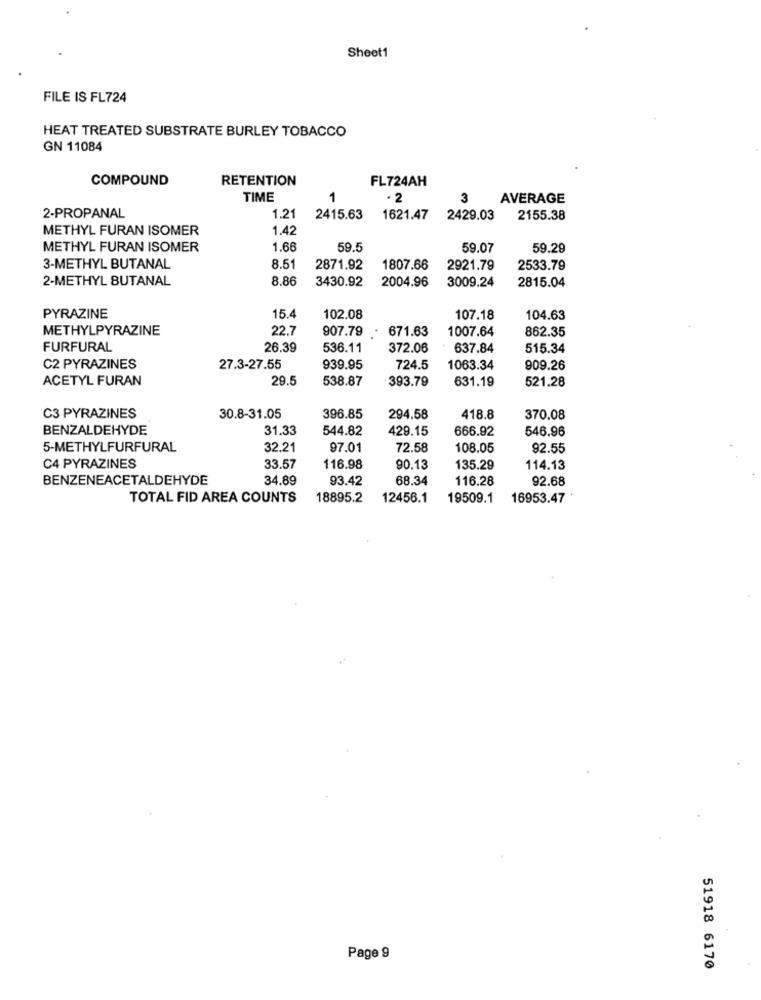
Sheet1
FILE IS FL724
HEAT TREATED SUBSTRATE BURLEY TOBACCO
GN 11084
COMPOUND
RETENTION
FL724AH
TIME
1
3
AVERAGE
2-PROPANAL
1.21
2415.63
1621.47
2429.03
2155.38
METHYL FURAN ISOMER
1.42
METHYL FURAN ISOMER
1.66
59.5
59.07
59.29
3-METHYL BUTANAL
8.51
2871.92
1807.66
2921.79
2533.79
2-METHYL BUTANAL
8.86
3430.92
2004.96
3009.24
2815.04
PYRAZINE
15.4
102.08
107.18
104.63
METHYLPYRAZINE
22.7
907.79
. 671.63
1007.64
862.35
FURFURAL
26.39
536.11
372.06
637.84
515.34
C2 PYRAZINES
27.3-27.55
939.95
724.5
1063.34
909.26
ACETYL FURAN
29.5
538.87
393.79
631.19
521.28
C3 PYRAZINES
30.8-31.05
396.85
294.58
418.8
370.08
BENZALDEHYDE
31.33
544.82
429.15
666.92
546.96
5-METHYLFURFURAL
32.21
97.01
72.58
108.05
92.55
C4 PYRAZINES
33.57
116.98
90.13
135.29
114.13
BENZENEACETALDEHYDE
34.89
93.42
68.34
116.28
92.68
TOTAL FID AREA COUNTS
18895.2
12456.1
19509.1
16953.47
Page 9
51918 6170